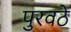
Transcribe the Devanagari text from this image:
पुरवठे